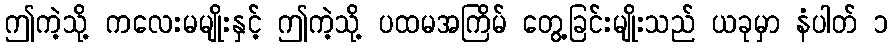
ဤကဲ့သို့ ကလေးမမျိုးနှင့် ဤကဲ့သို့ ပထမအကြိမ် တွေ့ခြင်းမျိုးသည် ယခုမှာ နံပါတ် ၁